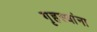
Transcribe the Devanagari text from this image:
गृहस्थांना